Report on vaccination in Madras 1895-1903 - 1895-1903
Year: 1895
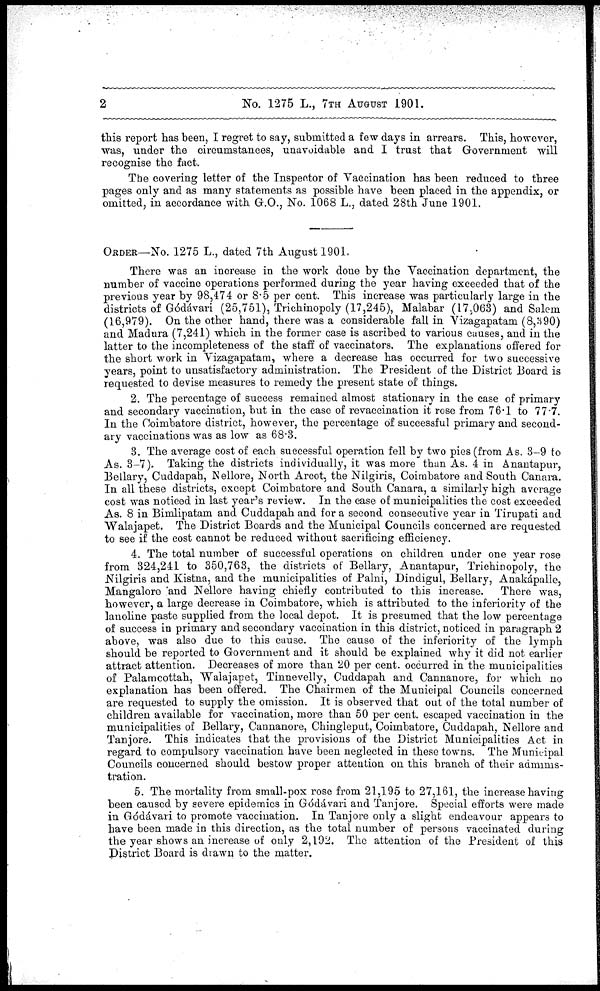
2
No. 1275 L., 7TH AUGUST 1901.
this report has been, I regret to say, submitted a few days in arrears. This, however,
was, under the circumstances, unavoidable and I trust that Government will
recognise the fact.
The covering letter of the Inspector of Vaccination has been reduced to three
pages only and as many statements as possible have been placed in the appendix, or
omitted, in accordance with G.O., No. 1068 L., dated 28th June 1901.
ORDER—No. 1275 L., dated 7th August 1901.
There was an increase in the work done by the Vaccination department, the
number of vaccine operations performed during the year having exceeded that of the
previous year by 98,474 or 8.5 per cent. This increase was particularly large in the
districts of Gódávari (25,751), Trichinopoly (17,245), Malabar (17,063) and Salem
(16,979). On the other hand, there was a considerable fall in Vizagapatam (8,390)
and Madura (7,241) which in the former case is ascribed to various causes, and in the
latter to the incompleteness of the staff of vaccinators. The explanations offered for
the short work in Vizagapatam, where a decrease has occurred for two successive
years, point to unsatisfactory administration. The President of the District Board is
requested to devise measures to remedy the present state of things.
2. The percentage of success remained almost stationary in the case of primary
and secondary vaccination, but in the case of revaccination it rose from 76.1 to 77.7.
In the Coimbatore district, however, the percentage of successful primary and second-
ary vaccinations was as low as 68.3.
3. The average cost of each successful operation fell by two pies (from As. 3-9 to
As. 3-7). Taking the districts individually, it was more than As. 4 in Anantapur,
Bellary, Cuddapah, Nellore, North Arcot, the Nilgiris, Coimbatore and South Canara.
In all these districts, except Coimbatore and South Canara, a similarly high average
cost was noticed in last year's review. In the case of municipalities the cost exceeded
As. 8 in Bimlipatam and Cuddapah and for a second consecutive year in Tirupati and
Walajapet. The District Boards and the Municipal Councils concerned are requested
to see if the cost cannot be reduced without sacrificing efficiency.
4. The total number of successful operations on children under one year rose
from 324,241 to 350,763, the districts of Bellary, Anantapur, Trichinopoly, the
Nilgiris and Kistna, and the municipalities of Palni, Dindigul, Bellary, Anakápalle,
Mangalore and Nellore having chiefly contributed to this increase. There was,
however, a large decrease in Coimbatore, which is attributed to the inferiority of the
lanoline paste supplied from the local depot. It is presumed that the low percentage
of success in primary and secondary vaccination in this district, noticed in paragraph 2
above, was also due to this cause. The cause of the inferiority of the lymph
should be reported to Government and it should be explained why it did not earlier
attract attention. Decreases of more than 20 per cent. occurred in the municipalities
of Palamcottah, Walajapet, Tinnevelly, Cuddapah and Cannanore, for which no
explanation has been offered. The Chairmen of the Municipal Councils concerned
are requested to supply the omission. It is observed that out of the total number of
children available for vaccination, more than 50 per cent. escaped vaccination in the
municipalities of Bellary, Cannanore, Chingleput, Coimbatore, Cuddapah, Nellore and
Tanjore. This indicates that the provisions of the District Municipalities Act in
regard to compulsory vaccination have been neglected in these towns. The Municipal
Councils concerned should bestow proper attention on this branch of their adminis-
tration.
5. The mortality from small-pox rose from 21,195 to 27,161, the increase having
been caused by severe epidemics in Gódávari and Tanjore. Special efforts were made
in Gódávari to promote vaccination. In Tanjore only a slight endeavour appears to
have been made in this direction, as the total number of persons vaccinated during
the year shows an increase of only 2,192. The attention of the President of this
District Board is drawn to the matter.